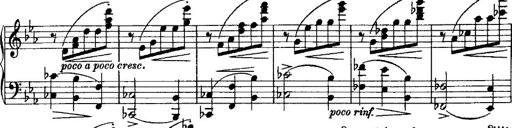
Title: Grande valse di bravura
Composer: Franz Liszt